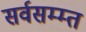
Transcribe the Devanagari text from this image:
सर्वसम्म्त